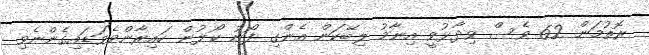
ރޮތުމަން 62 ވެސް ވިދާޅުވީ އިނާމު ލިބޭކަން އެންގި ފޯނު ކޯލުން ހައިރާންވެވަޑައިގެންނެވި